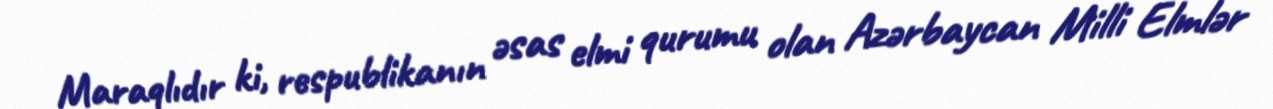
Maraqlıdır ki, respublikanın əsas elmi qurumu olan Azərbaycan Milli Elmlər